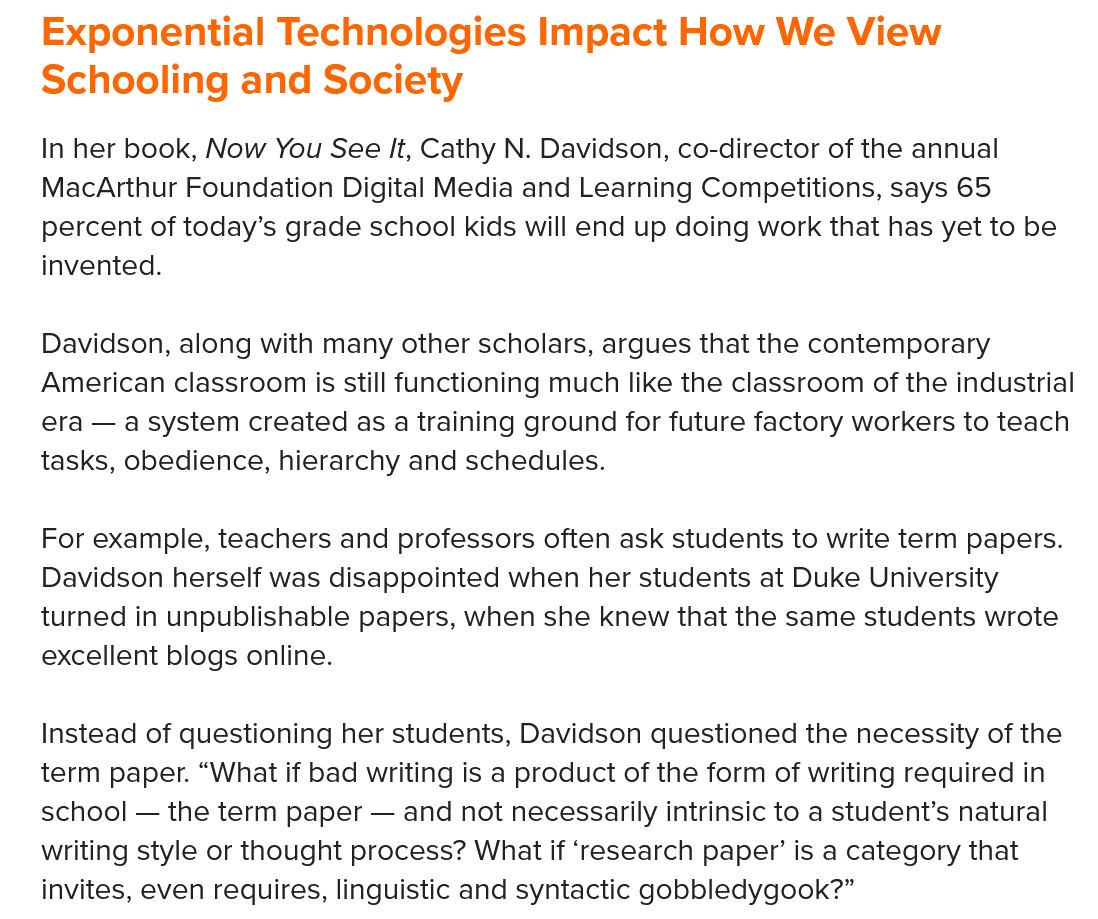
In her book, Now You See /t, Cathy N. Davidson, co-director of the annual
   MacArthur Foundation Digital Media and Learning Competitions, says 65
   percent of today’s grade school kids will end up doing work that has yet to be
   invented.
   Davidson, along with many other scholars, argues that the contemporary
   American classroom is still functioning much like the classroom of the industrial
   era — a system created as a training ground for future factory workers to teach
   tasks, obedience, hierarchy and schedules.
   For example, teachers and professors often ask students to write term papers.
   Davidson herself was disappointed when her students at Duke University
   turned in unpublishable papers, when she knew that the same students wrote
   excellent blogs online.
   Instead of questioning her students, Davidson questioned the necessity of the
   term paper. “What if bad writing is a product of the form of writing required in
   school
     —
     the term paper
     —
     and not necessarily intrinsic to a student’s natural
   writing style or thought process? What if ‘research paper’ is a category that
   invites, even requires, linguistic and syntactic gobbledygook?”
   Exponential    Technologies    Impact    How   We   View
   Schooling    and  Society